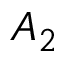
A _ { 2 }